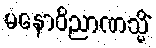
မနောဝိညာဏသ္မိံ